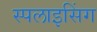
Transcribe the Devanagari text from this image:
स्पलाइसिंग